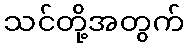
သင်တို့အတွက်